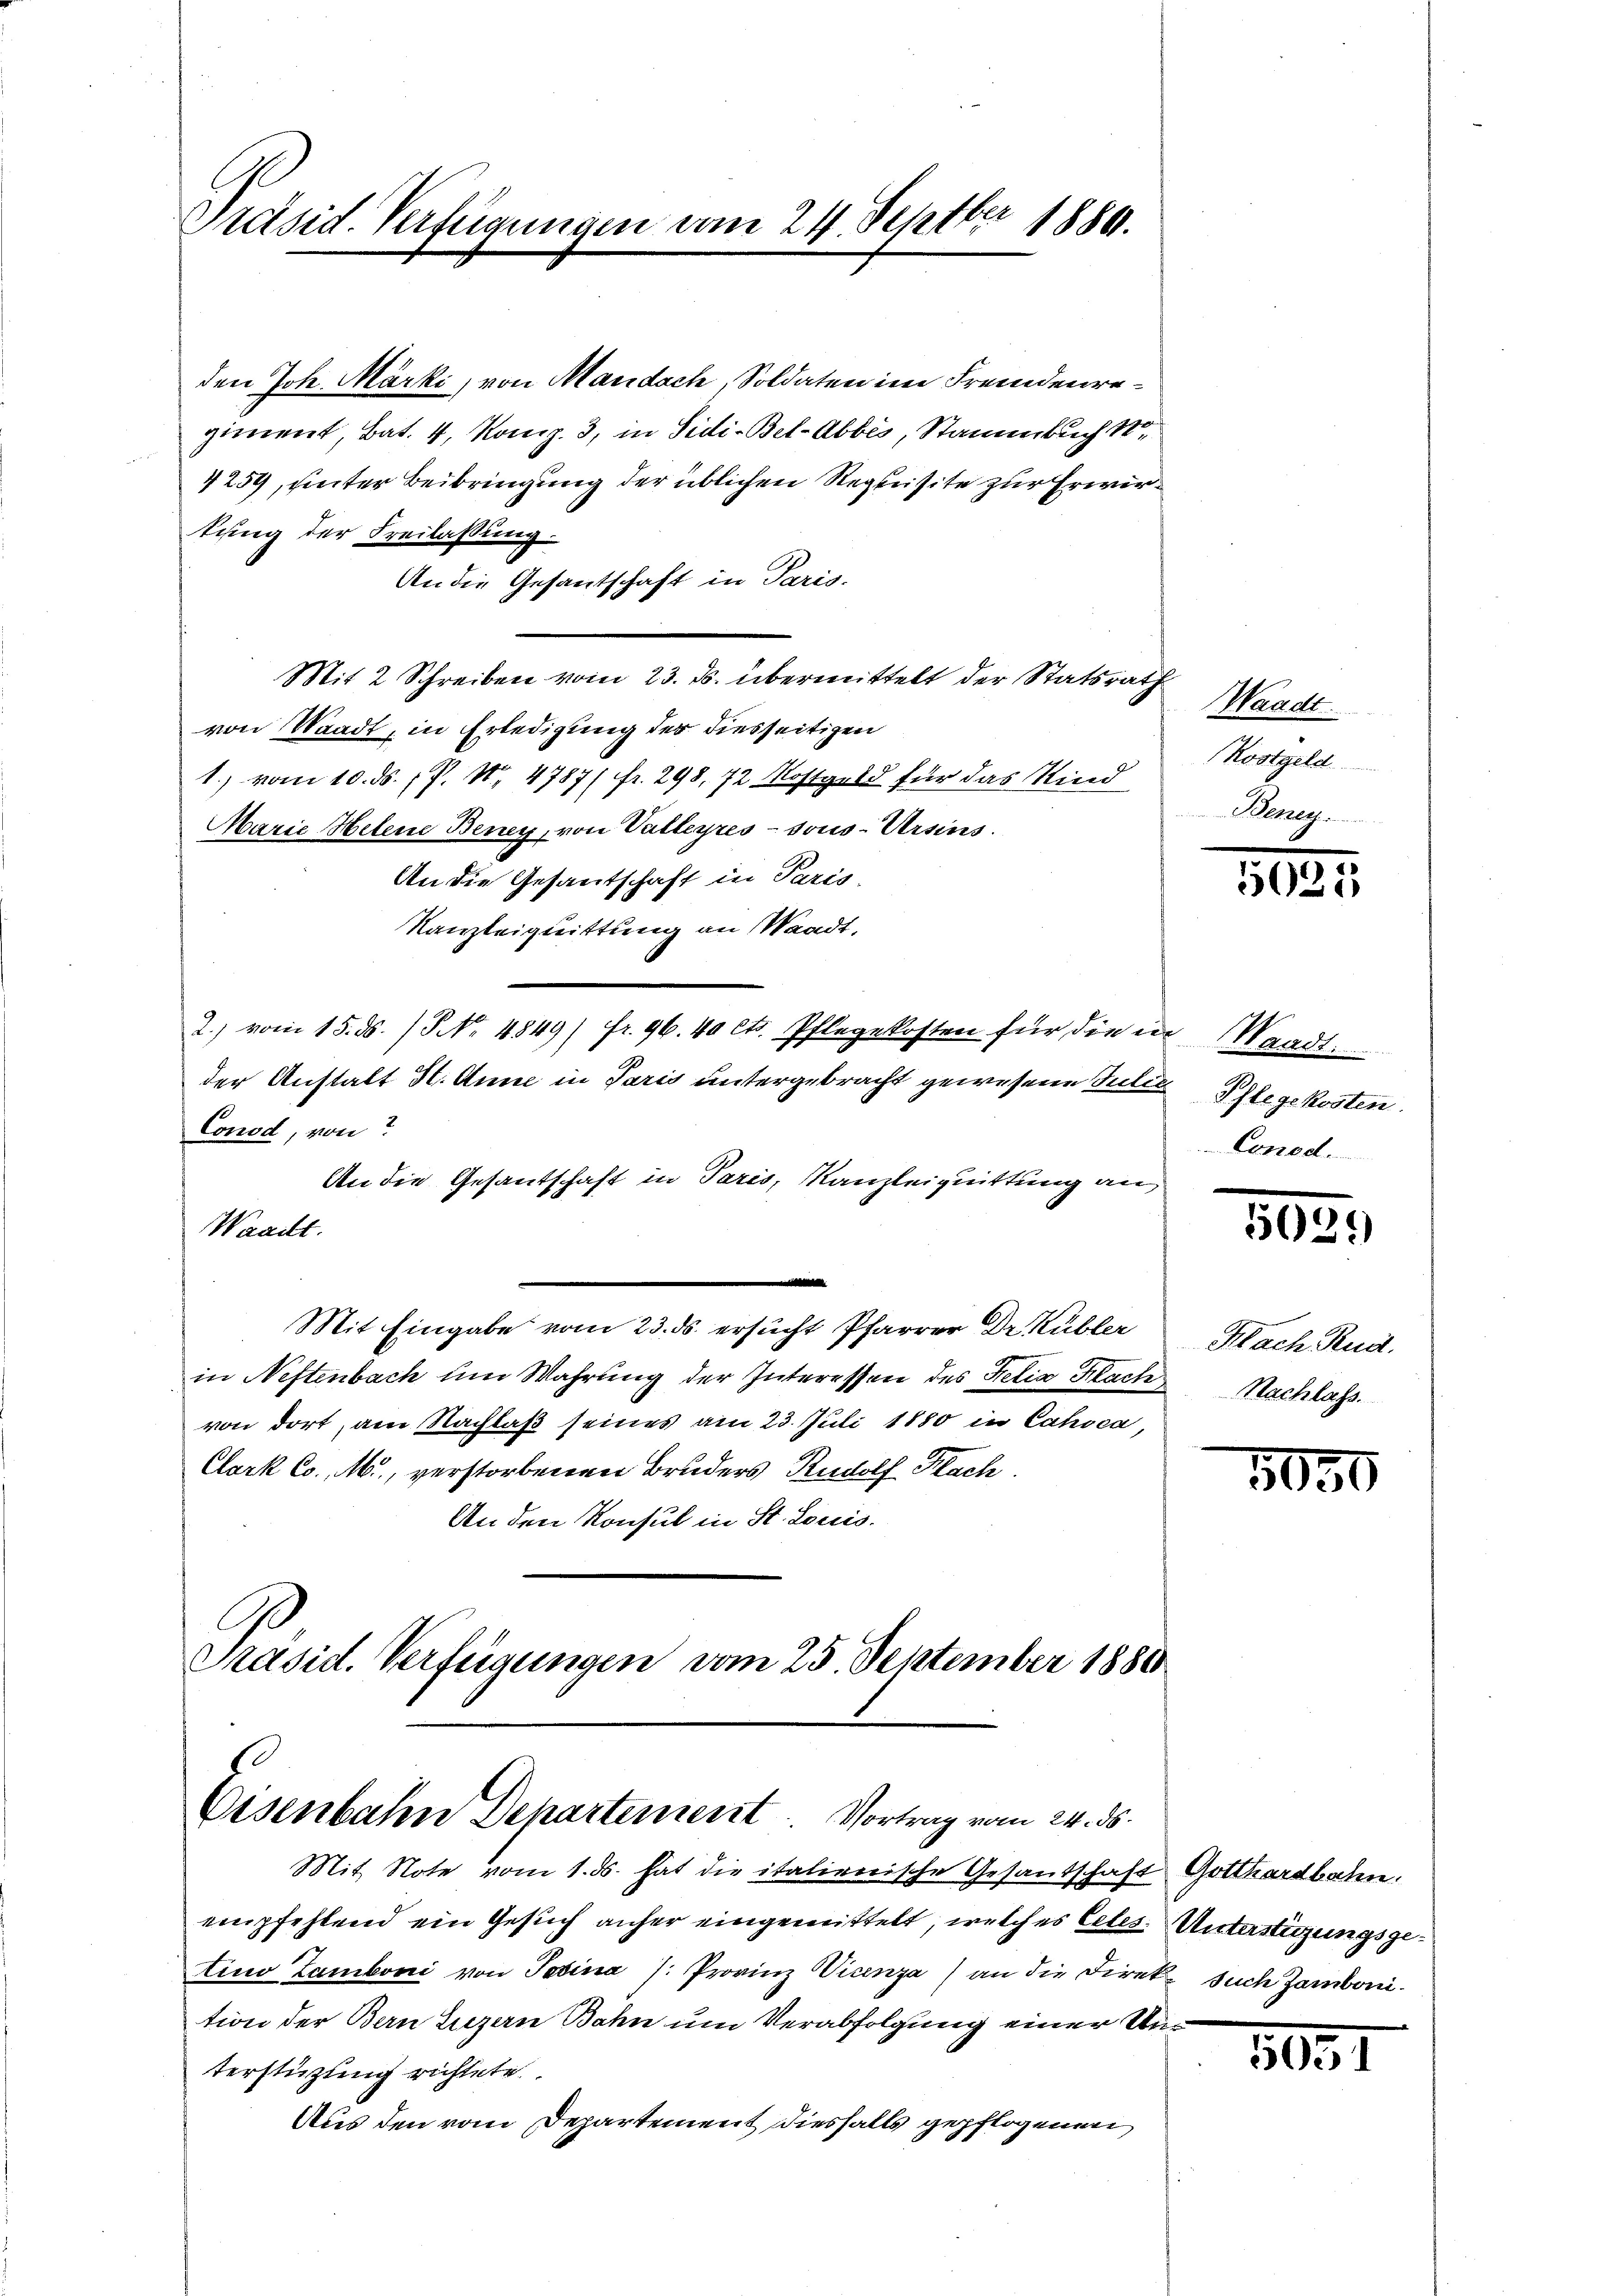
Präsid. Verfügungen vom 24. Septber 1880.

den Joh. Märki, von Mandach, Soldaten im Fremdenregiment, Bat. 4, Komp. 3, in Sidi-Bel-Abbes, Stammbuch 1
4259, unter Beibringung der üblichen Requisite zur Erwirkung der Freilassung.
An die Gesantschaft in Paris.
Mit 2 Schreiben vom 23. ds. übermittelt der Statsrath
von Waadt, in Erledigung des diesseitigen
1.) vom 10. ds. P. Nr. 4787/ fr. 298, 72 Kostgeld für das Kind
Marie Hetene Beney, von Valleyres Jous-Ursins
An die Gesantschaft in Paris.
Kanzleiquittung an Waadt,
2) vom 15. ds. / NNo. 4849/ fr. 96. 40 cts. Pflegekosten für die in Waadt.
der Anstalt St. Anne in Paris untergebracht gewesene Julie Pflegekosten.
Conod, von
An die Gesantschaft in Paris, Kanzleiquittung an,
Waadt.
m
Mit Eingabe vom 23. ds. ersucht Pfarrer Dr. Kübler
in Neftenbach um Wahrung der Interessen des Felix Mach
von dort, am Nachlaß seines am 23. Juli 1880 in Cahoca,
Clork Co. M., verstorbenen Bruders Rudolf Kach.
An den Konsul in St. Louis

Präsid. Verfügungen vom 25. September 18800
s
Eisenbahn Dehartement. Vortrag vom 24. ds.
Mit Note vom 1. ds. hat die italienische Gesandschaft Gotthardbahn.

empfehlend ein Gesuch anher eingemittelt, welches Celes. Unterstüzungsgetino Zamboni von Tobina /: Provinz Vicenza) an die Direk such Zambonition der Bern Luzern Bahn um Verabfolgung einer Unterstüzung richtete.
Aus den vom Departement diesfalls gepflogenen

Waadt.
Kostgeld
Benen

1025

Conodl.

5035

Klach Rud.
Nachlass.

5050

1051